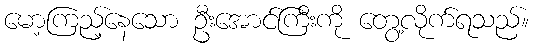
မော့ကြည့်နေသော ဦးအောင်ကြီးကို တွေ့လိုက်ရသည်။